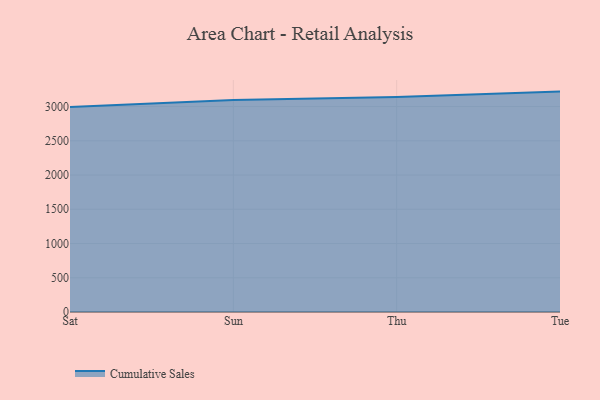
{"axis": {"x": "Day", "y": "Revenue (USD Million)"}, "legend": ["Cumulative Sales"], "data": [{"x": "Sat", "y": 2994.9, "type": "Cumulative Sales"}, {"x": "Sun", "y": 3094.8, "type": "Cumulative Sales"}, {"x": "Thu", "y": 3140.8, "type": "Cumulative Sales"}, {"x": "Tue", "y": 3218.4, "type": "Cumulative Sales"}]}